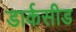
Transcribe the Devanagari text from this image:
डार्कसीड